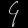
Digit: ၄